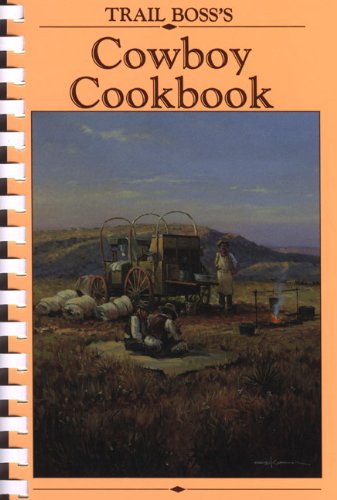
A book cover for Trail Boss's Cowboy Cookbook; Society for Range Management; Cookbooks, Food & Wine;